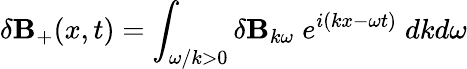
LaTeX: \delta{\mathbf B}_{+}(x,t)=\int_{\omega/k>0}\delta{\mathbf B}_{k\omega}\; e^{i(kx-\omega t)}\; dkd\omega